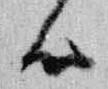
候